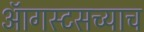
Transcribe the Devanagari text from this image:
ऑगस्टसच्याच